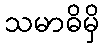
သမာဓိမှိ